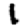
Digit: 1